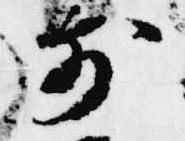
前